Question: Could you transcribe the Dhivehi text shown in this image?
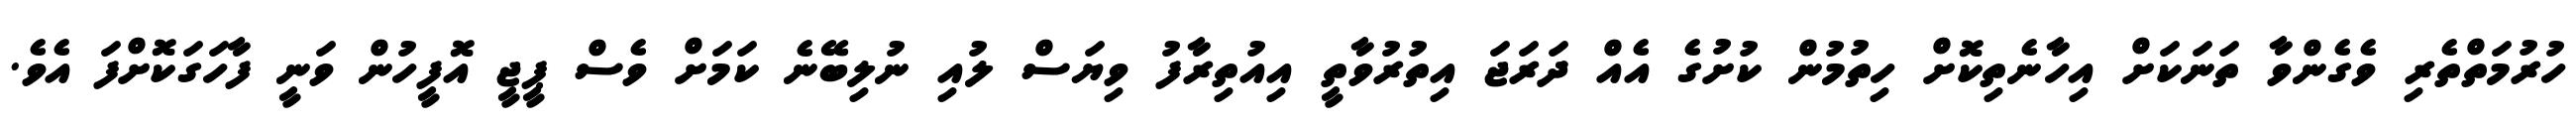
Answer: ހުރުމަތްތެރި ވެގެންވާ ތަނަކަށް އިހާނެތިކޮށް ހިތުމުން ކުށުގެ އެއް ދަރަޖަ އިތުރުވާތީ އިއުތިރާފު ވިޔަސް ލުއި ނުލިބޭނެ ކަމަށް ވެސް ޕީޖީ އޮފީހުން ވަނީ ފާހަގަކޮށްފަ އެވެ.